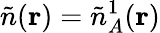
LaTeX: \tilde{n}(\mathbf{r})=\tilde{n}_{A}^{1}(\mathbf{r})